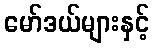
မော်ဒယ်များနှင့်